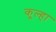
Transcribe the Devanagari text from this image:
कूल्‍हा